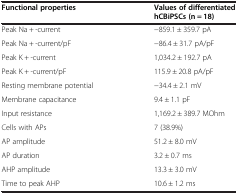
| Functional properties | Values of differentiated hCBiPSCs (n = 18) |
 | --- | --- |
 | Peak Na + -current | −859.1 ± 359.7 pA |
 | Peak Na + -current/pF | −86.4 ± 31.7 pA/pF |
 | Peak K + -current | 1,034.2 ± 192.7 pA |
 | Peak K + -current/pF | 115.9 ± 20.8 pA/pF |
 | Resting membrane potential | −34.4 ± 2.1 mV |
 | Membrane capacitance | 9.4 ± 1.1 pF |
 | Input resistance | 1,169.2 ± 389.7 MOhm |
 | Cells with APs | 7 (38.9%) |
 | AP amplitude | 51.2 ± 8.0 mV |
 | AP duration | 3.2 ± 0.7 ms |
 | AHP amplitude | 13.3 ± 3.0 mV |
 | Time to peak AHP | 10.6 ± 1.2 ms |